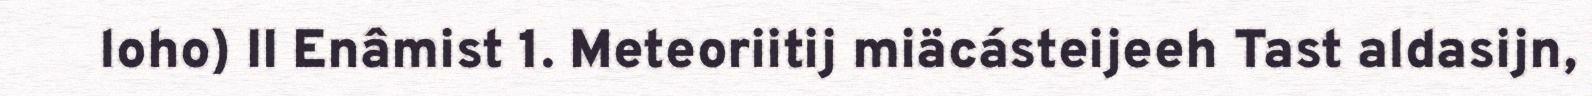
loho) II Enâmist 1. Meteoriitij miäcásteijeeh Tast aldasijn,